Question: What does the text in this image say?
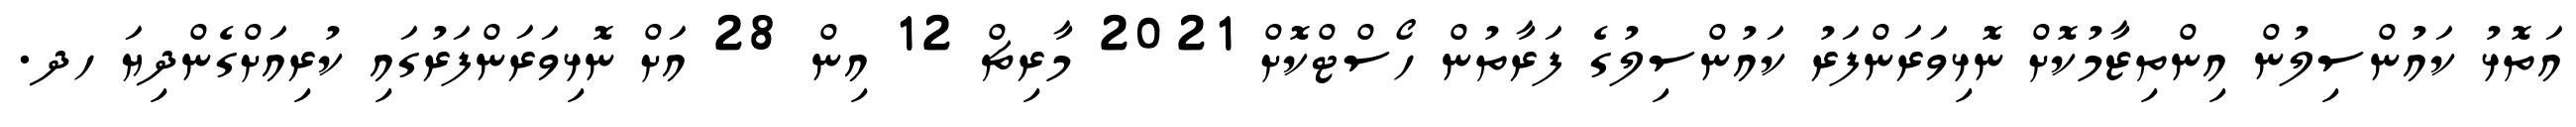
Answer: އަތޮޅު ކައުންސިލުން އިންތިޒާމުކޮށް ނޮޅިވަރަންފަރު ކައުންސިލުގެ ފަރާތުން ހޯސްޓްކޮށް 2021 މާރިޗް 12 އިން 28 އަށް ނޮޅިވަރަންފަރުގައި ކުރިއަށްގެންދިޔަ ހދ.